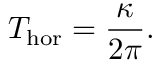
T _ { \mathrm { h o r } } = \frac { \kappa } { 2 \pi } .